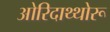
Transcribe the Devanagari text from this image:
ओरिदाथ्थोरू